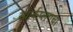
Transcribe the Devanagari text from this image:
स्पार्कप्लगचा